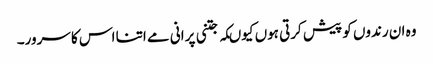
وہ ان رندوں کو پیش کرتی ہوں کیوںکہ جتنی پرانی مے اتنا اس کا سرور۔